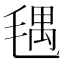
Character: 𣮨